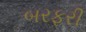
બરફરી